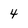
Character: 4